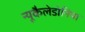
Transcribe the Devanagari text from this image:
न्यूकैलेडोनिया